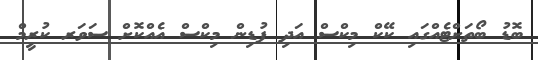
ބޮޑު ބޯތަށްޓެއްގައި ކޭކް މިކްސް އަދި ޕުޑިން މިކްސް އެއްކޮށް ސަވަރ ކުރީމް